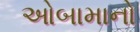
ઓબામાનો